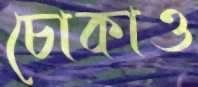
চোকাও